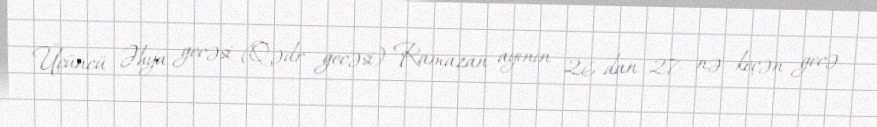
Üçüncü Əhya gecəsi (Qədr gecəsi) Ramazan ayının 26-dan 27- nə keçən gecə.